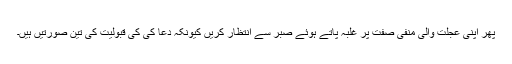
پھر اپنی عجلت والی منفی صفت پر غلبہ پاتے ہوئے صبر سے انتظار کریں کیونکہ دعا کی کی قبولیت کی تین صورتیں ہیں۔